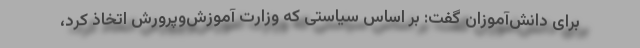
برای دانش‌آموزان گفت: بر اساس سیاستی که وزارت آموزش‌وپرورش اتخاذ کرد،